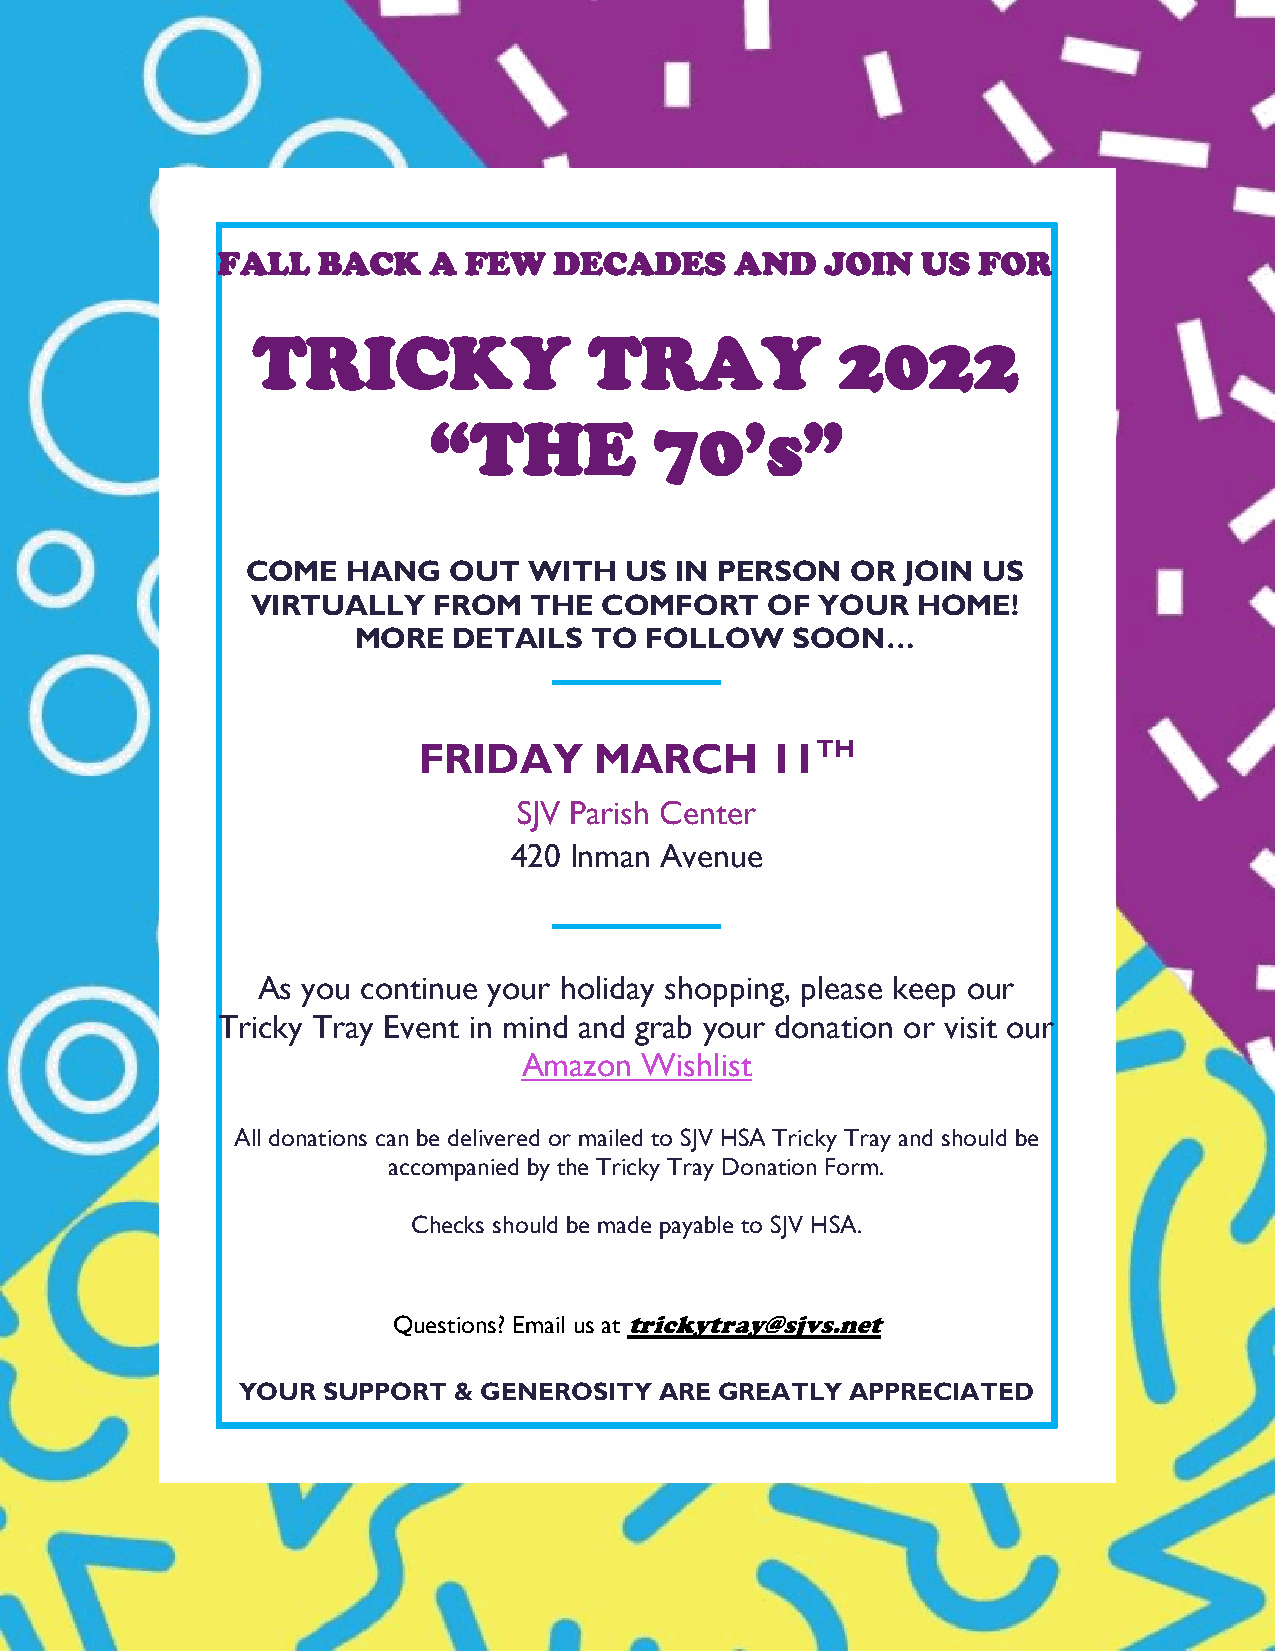
FALL   BACK   A  FEW   DECADES     AND   JOIN  US  FOR
 TRICKY                TRAY             2022
 “THE           70’s”
 COME   HANG   OUT  WITH  US  IN PERSON  OR  JOIN US
 VIRTUALLY   FROM  THE  COMFORT    OF YOUR   HOME!
 MORE   DETAILS  TO  FOLLOW    SOON…
 FRIDAY     MARCH       11TH
 SJV Parish Center
 420 Inman Avenue
 As you continue your holiday shopping, please keep our
 Tricky Tray Event in mind and grab your donation or visit our
 Amazon Wishlist
 All donations can be delivered or mailed to SJV HSA Tricky Tray and should be
 accompanied by the Tricky Tray Donation Form.
 Checks should be made payable to SJV HSA.
 Questions? Email us at trickytray@sjvs.net
 YOUR SUPPORT  & GENEROSITY  ARE GREATLY APPRECIATED